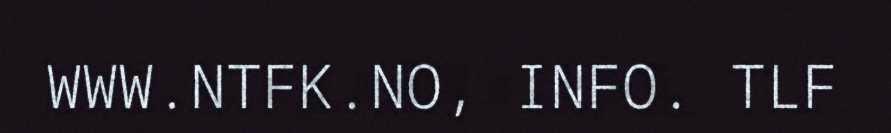
WWW.NTFK.NO, INFO. TLF